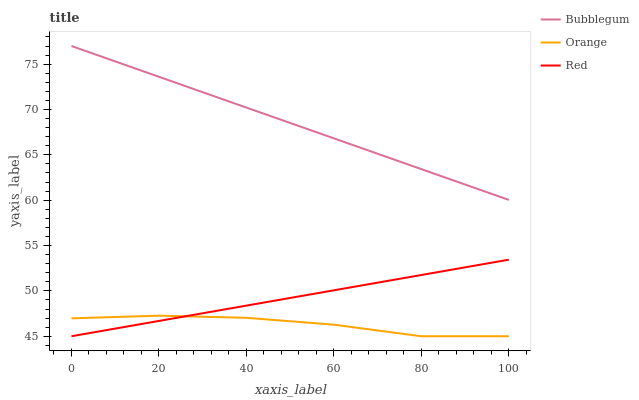
| xaxis_label | Bubblegum | Orange | Red |
 | --- | --- | --- | --- |
 | 0 | 77 | 47 | 45 |
 | 20 | 73.6 | 47.3 | 46.7 |
 | 40 | 70.2 | 47 | 48.4 |
 | 60 | 66.8 | 46.3 | 50.1 |
 | 80 | 63.4 | 45 | 51.8 |
 | 100 | 60 | 45 | 53.4 |